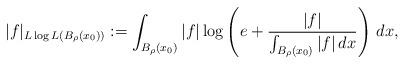
LaTeX: \begin{align*} |f|_{L\log L(B_\rho(x_0))}:= \int_{B_{\rho}(x_0)} |f|\log\left(e+\frac{|f|}{\int_{B_{\rho}(x_0)}|f|\,dx}\right)\,dx, \end{align*}